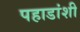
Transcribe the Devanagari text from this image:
पहाडांशी